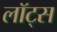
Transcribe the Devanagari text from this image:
लॉट्स